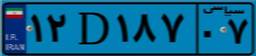
۱۲D۱۸۷۰۷